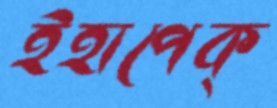
ইহাপেক্